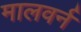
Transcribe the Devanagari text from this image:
मालवर्न